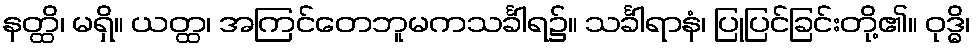
နတ္ထိ၊ မရှိ။ ယတ္ထ၊ အကြင်တေဘူမကသင်္ခါရ၌။ သင်္ခါရာနံ၊ ပြုပြင်ခြင်းတို့၏။ ဝုဒ္ဓိ၊